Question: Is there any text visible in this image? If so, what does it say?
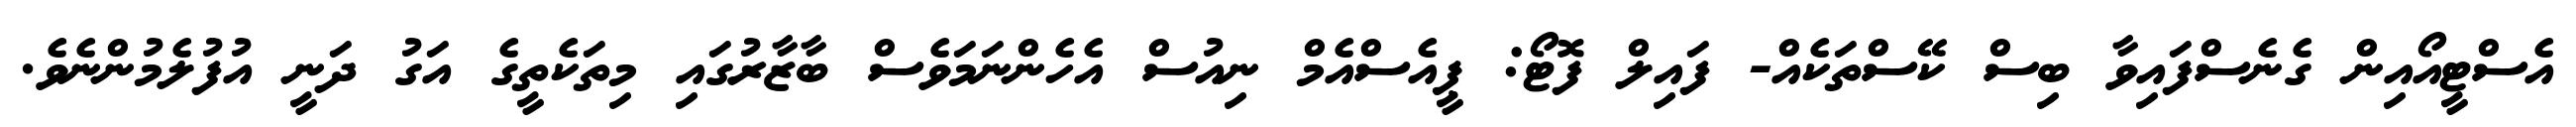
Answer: އެސްޓީއޯއިން ގެނެސްފައިވާ ބިސް ކޭސްތަކެއް- ފައިލް ފޮޓޯ: ޕީއެސްއެމް ނިއުސް އެހެންނަމަވެސް ބާޒާރުގައި މިތަކެތީގެ އަގު ދަނީ އުފުލެމުންނެވެ.